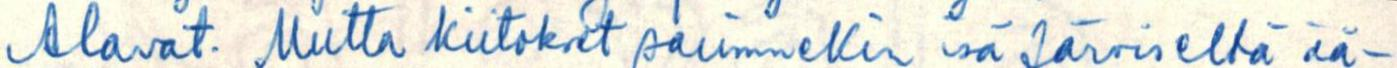
Alavat. Mutta kiitokset saimmekin isä Järviseltä ää-